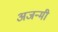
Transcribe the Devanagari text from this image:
अजन्मी